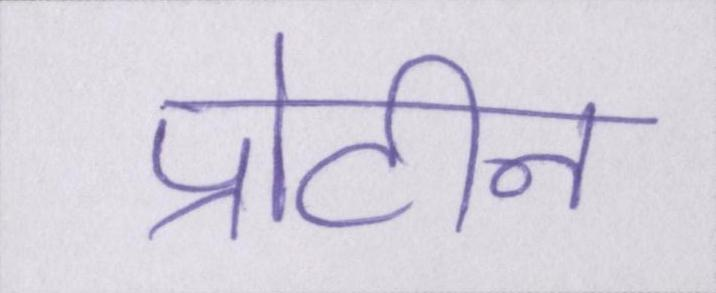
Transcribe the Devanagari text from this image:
प्रोटीन